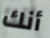
أنك